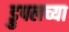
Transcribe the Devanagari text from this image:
ड्रुपलच्या